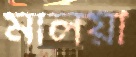
মালয়ী